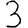
Digit: 3